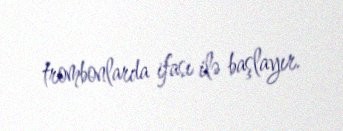
trombonlarda ifası ilə başlayır.